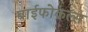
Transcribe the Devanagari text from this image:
बाईफोकल्स